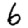
Digit: 6